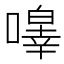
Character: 𭋔